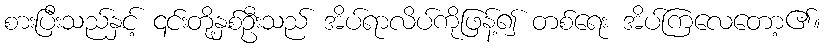
စားပြီးသည်နှင့် ၎င်းတို့နှစ်ဦးသည် အိပ်ရာလိပ်ကိုဖြန့်၍ တစ်ရေး အိပ်ကြလေတော့၏။